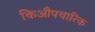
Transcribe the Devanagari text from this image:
किऔपचारिक